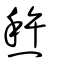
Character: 㷏